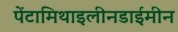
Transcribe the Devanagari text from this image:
पेंटामिथाइलीनडाईमीन